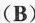
(B)